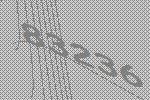
83236